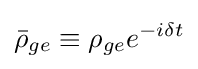
{\bar {\rho }}_{ge}\equiv \rho _{ge}e^{-i\delta t}